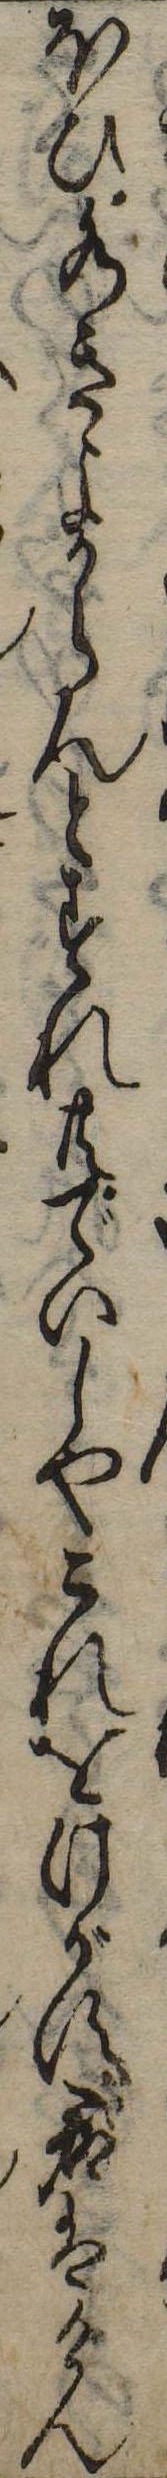
ほひ水きよからんとすれ共でいしやこれをけがす君はけん